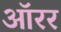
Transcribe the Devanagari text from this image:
ऑरर